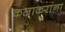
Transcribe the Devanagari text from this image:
कलाकरांना